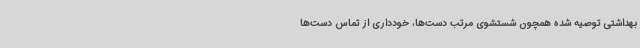
بهداشتی توصیه شده همچون شستشوی مرتب دست‌ها، خودداری از تماس دست‌ها